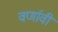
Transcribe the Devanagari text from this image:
वर्णावी